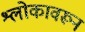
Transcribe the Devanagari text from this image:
श्लोकावरून